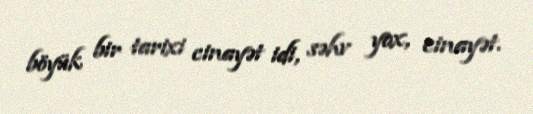
böyük bir tarixi cinayət idi, səhv yox, cinayət.